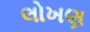
લોખણ